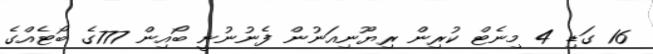
16 ގަޑި 4 މިނެޓް ކުރިން ރިޔޫނިއަނުން ފެނުނުނީ ބޯއިން 777ގެ ބޯޓެއްގެ